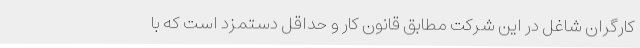
کارگران شاغل در این شرکت مطابق قانون کار و حداقل دستمزد است که با